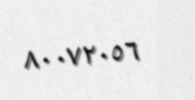
٨٠٠٧٢٠٥٦